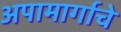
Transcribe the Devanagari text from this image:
अपामार्गाचे